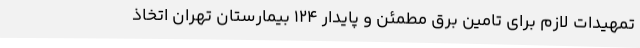
تمهیدات لازم برای تامین برق مطمئن و پایدار ١٢٤ بیمارستان تهران اتخاذ